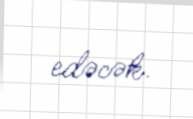
edəcək.